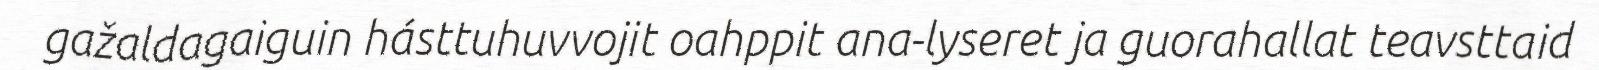
gažaldagaiguin hásttuhuvvojit oahppit ana-lyseret ja guorahallat teavsttaid